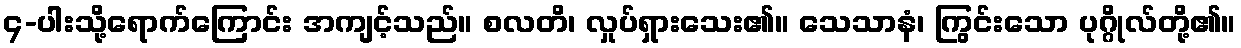
၄-ပါးသို့ရောက်ကြောင်း အကျင့်သည်။ စလတိ၊ လှုပ်ရှားသေး၏။ သေသာနံ၊ ကြွင်းသော ပုဂ္ဂိုလ်တို့၏။